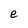
Character: e